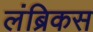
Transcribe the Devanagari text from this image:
लंब्रिकस